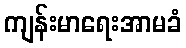
ကျန်းမာရေးအာမခံ